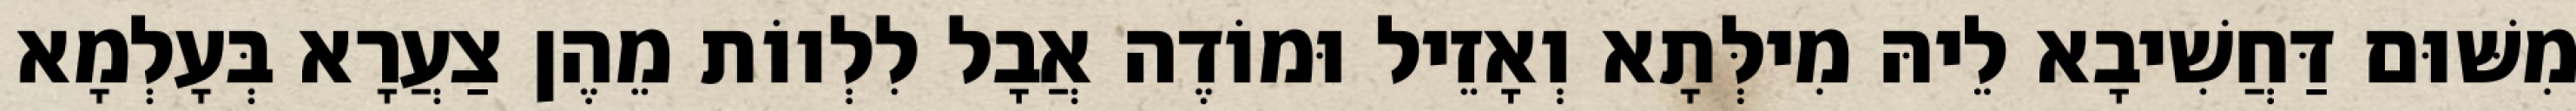
מִשּׁוּם דַּחֲשִׁיבָא לֵיהּ מִילְּתָא וְאָזֵיל וּמוֹדֶה אֲבָל לִלְווֹת מֵהֶן צַעֲרָא בְּעָלְמָא